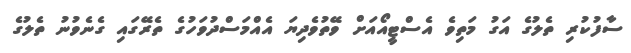
ސާފުކުރި ތެލުގެ އަގު މަތިވެ އެސްޓީއޯއަށް ވޭތުވެދިޔަ އެއްމަސްދުވަހުގެ ތެރޭގައި ގެނެވުނު ތެލުގެ